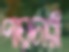
পায়চারী